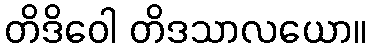
တိဒိဝေါ တိဒသာလယော။